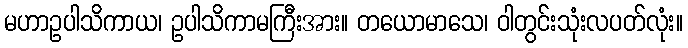
မဟာဥပါသိကာယ၊ ဥပါသိကာမကြီးအား။ တယောမာသေ၊ ဝါတွင်းသုံးလပတ်လုံး။